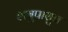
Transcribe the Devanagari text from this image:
शत्रुपासून